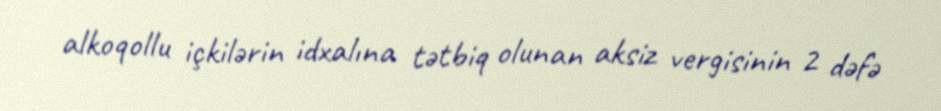
alkoqollu içkilərin idxalına tətbiq olunan aksiz vergisinin 2 dəfə